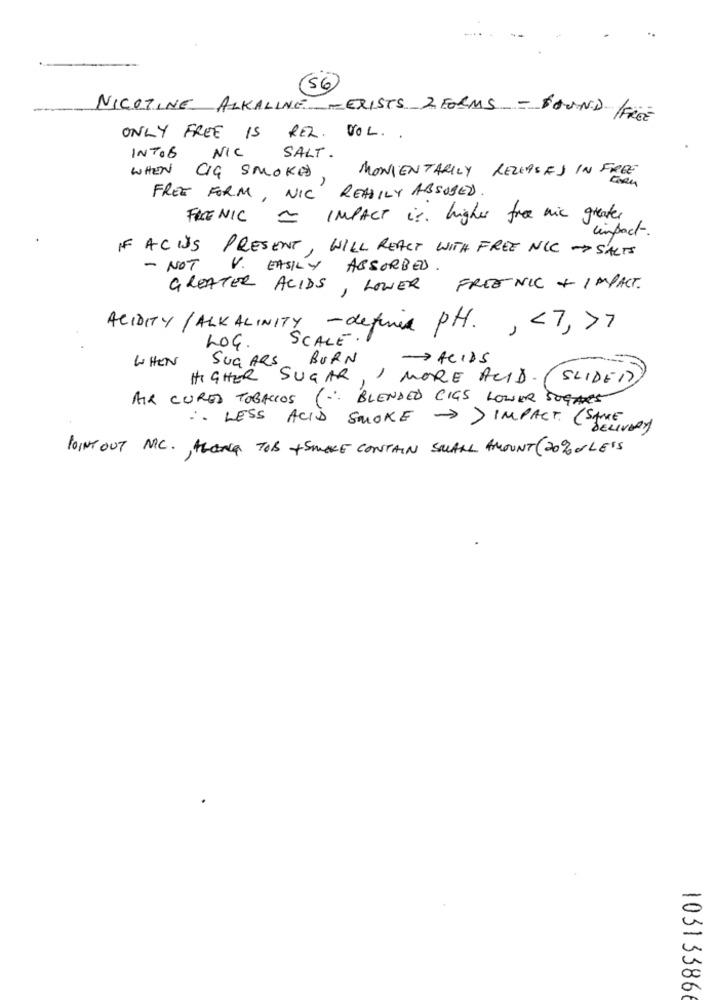
56
NICOTINE ALKALINE -EXISTS 2 FORMS - BOUND FREE
ONLY FREE IS REL. VOL. .
INTO8
NIC
SALT .
WHEN CIG SMOKED
MONIENTARILY RELEASES IN FREE
FREE FORM, NIC READILY ABSUSED
FRENIC ~ IMPACT is. higher free nic greater
impact-
IF ACUS PRESENT, WILL REACT WITH FREE NIC SALTS
- NOT V. EASILY ABSORBED .
GREATER ACIDS, LOWER
FREE NIC + IMPACT.
ACIDITY/ ALKALINITY - definir PH. , < 7, >7
SCALE
LOG.
WHEN
SUGARS
BURN
-> ACIDS
HIGHER SUGAR, 1 MORE ACID
SLIDER
AIR CURED TOBACCOS
( -: BLENDED CIGS LOWER SOGAS
. LESS ACID SMOKE >> IMPACT ( STEEN
POINT OUT M.C. , ALONG TOB + SMAKE CONTAIN SMALL AMOUNT (20% Or LESS
10313386